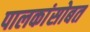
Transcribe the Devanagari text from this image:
पालकांसोबत